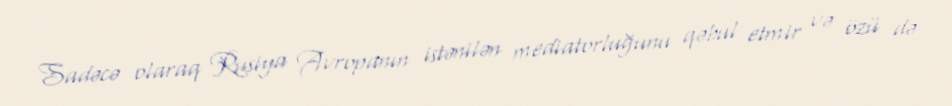
Sadəcə olaraq Rusiya Avropanın istənilən mediatorluğunu qəbul etmir və özü də